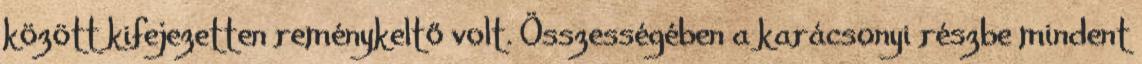
között kifejezetten reménykeltő volt. Összességében a karácsonyi részbe mindent